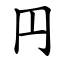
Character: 円